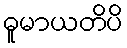
ဓူမာယတိပိ